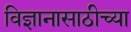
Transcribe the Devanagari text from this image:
विज्ञानासाठीच्या